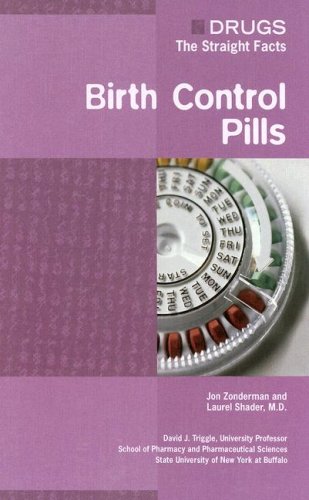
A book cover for Birth Control Pills (Drugs: The Straight Facts); Jon Zonderman; Health, Fitness & Dieting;